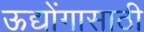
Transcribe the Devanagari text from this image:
ऊद्योंगासाठी